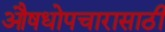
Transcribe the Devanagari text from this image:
औषधोपचारासाठी